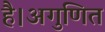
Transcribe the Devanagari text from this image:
है।अगुणित